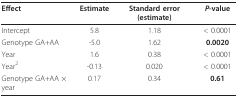
<table><thead><tr><td><b>Effect</b></td><td><b>Estimate</b></td><td><b>Standard error (estimate)</b></td><td><b><i>P</i>-value</b></td></tr></thead><tbody><tr><td>Intercept</td><td>5.8</td><td>1.18</td><td>&lt; 0.0001</td></tr><tr><td>Genotype GA+AA</td><td>-5.0</td><td>1.62</td><td><b>0.0020</b></td></tr><tr><td>Year</td><td>1.6</td><td>0.38</td><td>&lt; 0.0001</td></tr><tr><td>Year<sup>2</sup></td><td>-0.13</td><td>0.020</td><td>&lt; 0.0001</td></tr><tr><td>Genotype GA+AA × year</td><td>0.17</td><td>0.34</td><td><b>0.61</b></td></tr></tbody></table>